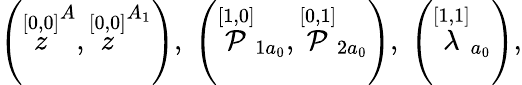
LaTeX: \left(\stackrel{[0,0]}{z}^{A},\stackrel{[0,0]}{z}^{A_{1}}\right),\; \left(\stackrel{[1,0]}{\cal P}_{1a_{0}},\stackrel{[0,1]}{\cal P}_{2a_{0}}\right),\; \left(\stackrel{[1,1]}{\lambda}_{a_{0}}\right),